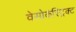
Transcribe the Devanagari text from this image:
वेसोकंस्ट्रिक्ट